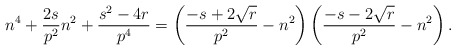
\begin{align*}n^4 +\frac{2s}{p^2} n^2 +\frac{s^2 -4 r }{p^4}=\left(\frac{-s+2\sqrt{r}}{p^2}-n^2\right)\left(\frac{-s-2\sqrt{r}}{p^2}-n^2\right).\end{align*}